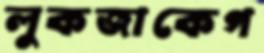
লুকজাকেগ